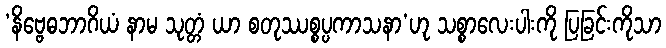
‘နိဗ္ဗေဓဘာဂိယံ နာမ သုတ္တံ ယာ စတုဿစ္စပ္ပကာသနာ’ဟု သစ္စာလေးပါးကို ပြခြင်းကိုသာ